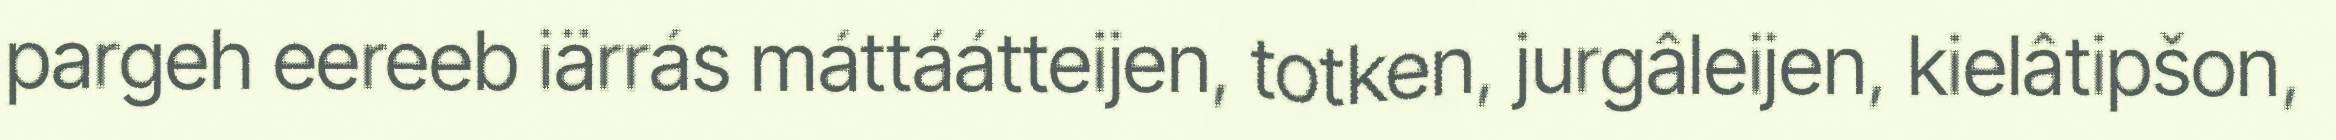
pargeh eereeb iärrás máttáátteijen, totken, jurgâleijen, kielâtipšon,